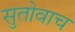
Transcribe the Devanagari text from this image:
सुतोवाच